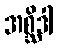
အစ္ဆိဒါ